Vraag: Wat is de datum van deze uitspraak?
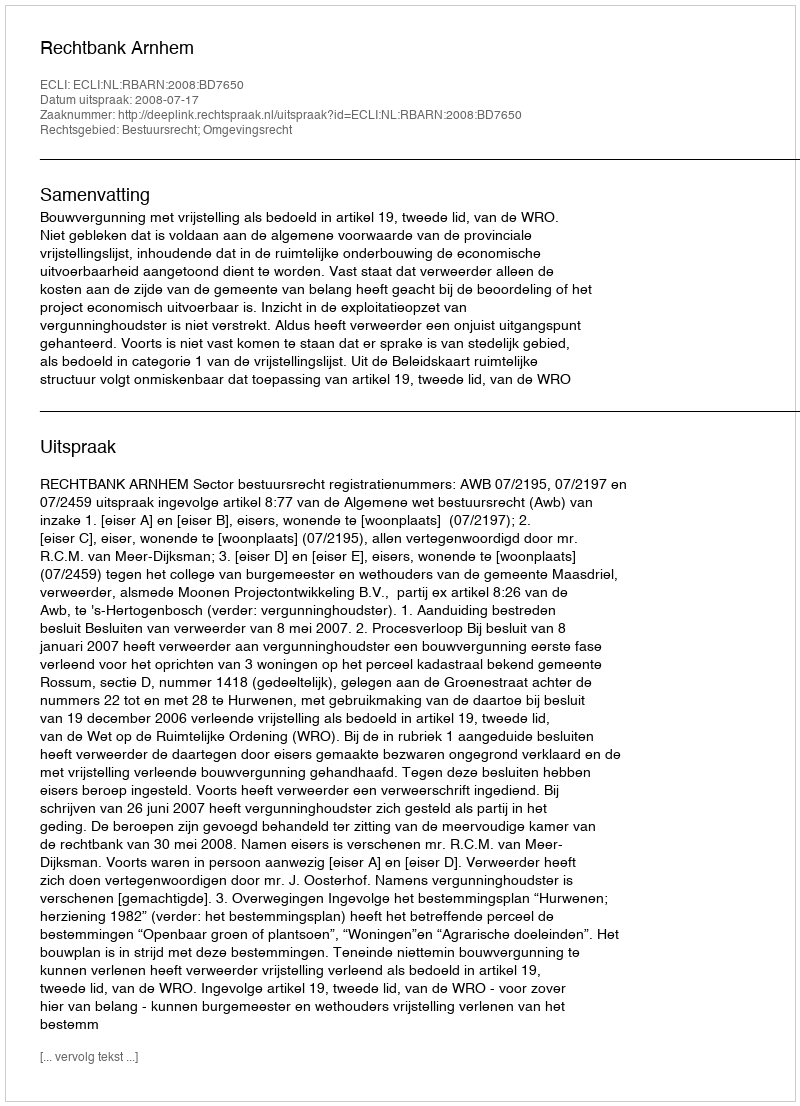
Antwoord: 2008-07-17